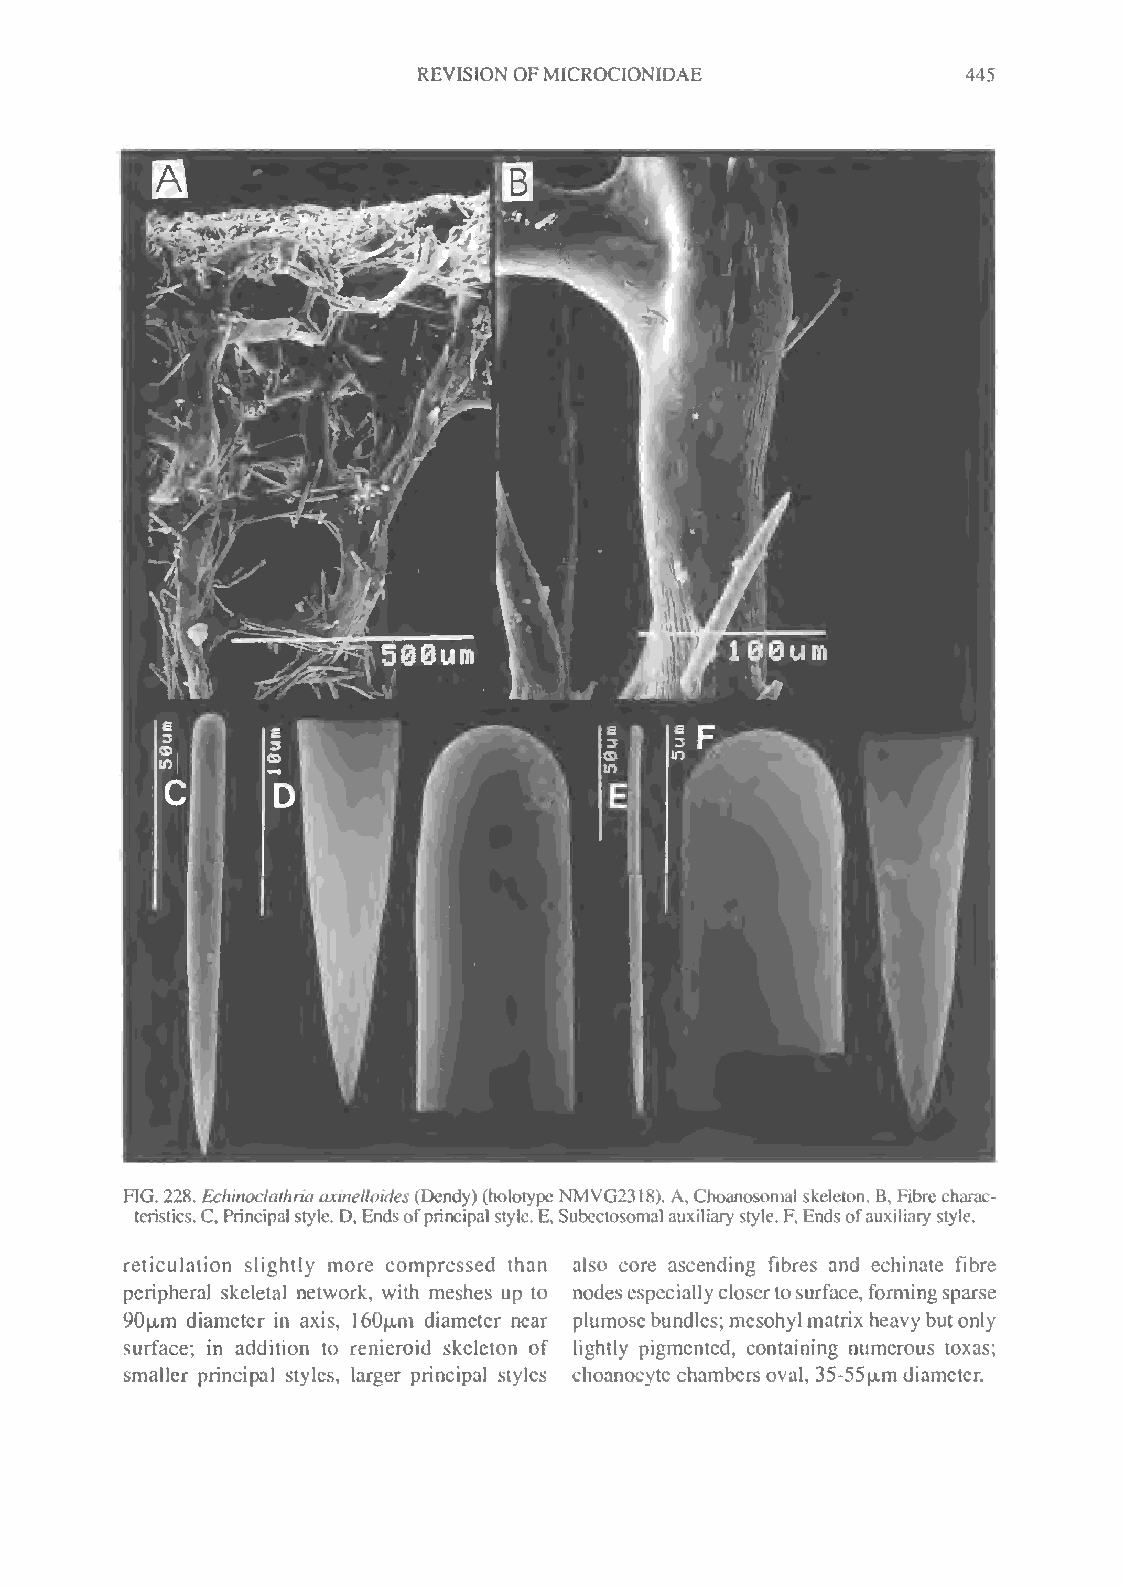
REVISION OFMICROCIONIDAE            445
 FIG. 228. Echinoclathriaaxinelloides(Dendy) (holotype NMVG2318). A,Choanosomal skeleton. B, Fibrecharac-
 teristics.C, Principalstyle. D, Endsofprincipalstyle. E,Subcctosomal auxiliarystyle.F,Endsofauxiliary style.
 reticulation slightly more compressed than also core ascending fibres and echinate fibre
 peripheral skeletal network, with meshes up to nodesespeciallyclosertosurface, formingsparse
 90u,m diameter in axis, 160ujt» diameter near plumosebundles; mesohylmatrix heavybutonly
 surface; in addition to renieroid skeleton of lightly pigmented, containing numerous toxas;
 smaller principal styles, larger principal styles choanocyte chambers oval, 35-55p,m diameter.